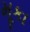
મૂકા